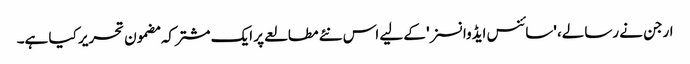
ارجن نے رسالے، 'سائنس ایڈوانسز' کے لیے اس نئے مطالعے پر ایک مشترکہ مضمون تحریر کیا ہے۔